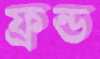
ফ্রন্ড